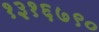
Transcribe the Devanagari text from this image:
१३१६७९०